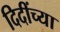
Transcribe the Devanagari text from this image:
दिदींच्या